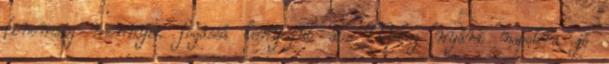
finomság mennyei fogássá lényegül át. Meleg nyári napokra jó